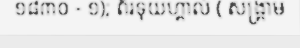
១៨៣០ - ១); ព័រទុយហ្គាល់ ( សង្គ្រាម